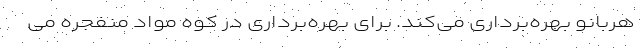
هربانو بهره‌برداری می‌کند. برای بهره‌برداری در کوه مواد منفجره می